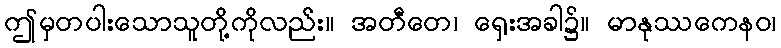
ဤမှတပါးသောသူတို့ကိုလည်း။ အတီတေ၊ ရှေးအခါ၌။ မာနုဿကေနဝ၊